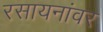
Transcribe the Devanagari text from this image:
रसायनांवर